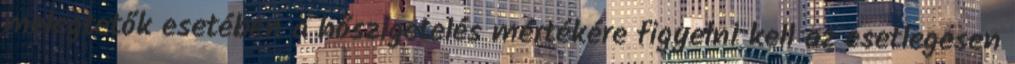
melegtetők esetében a hőszigetelés mértékére figyelni kell az esetlegesen